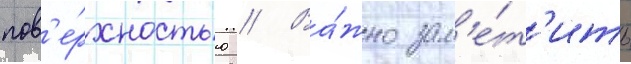
пов'е́рхностью // Ва́жно зам'е́т'ить